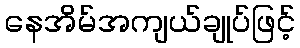
နေအိမ်အကျယ်ချုပ်ဖြင့်